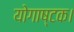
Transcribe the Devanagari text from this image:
योगाष्टक।